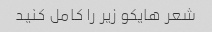
شعر هایکو زیر را کامل کنید